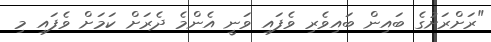
"ރަށްރަށުގެ ބައިން ބައިވެރި ވެފައި ވަނީ އެންމެ ދެރަށް ކަމަށް ވެފައި މި